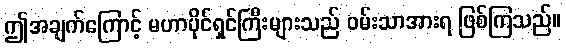
ဤအချက်ကြောင့် မဟာပိုင်ရှင်ကြီးများသည် ဝမ်းသာအားရ ဖြစ်ကြသည်။